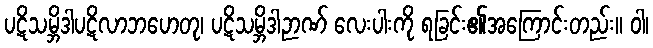
ပဋိသမ္ဘိဒါပဋိလာဘဟေတု၊ ပဋိသမ္ဘိဒါဉာဏ် လေးပါးကို ရခြင်း၏အကြောင်းတည်း။ ဝါ၊